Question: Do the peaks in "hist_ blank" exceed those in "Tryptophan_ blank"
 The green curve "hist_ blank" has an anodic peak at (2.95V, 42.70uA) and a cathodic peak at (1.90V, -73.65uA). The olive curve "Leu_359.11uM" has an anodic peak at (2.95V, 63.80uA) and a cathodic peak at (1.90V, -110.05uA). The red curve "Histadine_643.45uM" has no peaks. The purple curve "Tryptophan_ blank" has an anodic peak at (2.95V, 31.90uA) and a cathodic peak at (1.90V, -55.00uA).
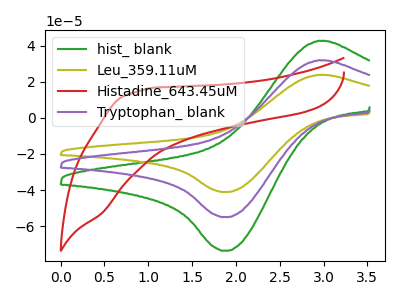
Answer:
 <answer>Every peak in "hist_ blank" is higher than every peak in "Tryptophan_ blank".</answer>
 <eval>higher</eval>